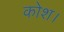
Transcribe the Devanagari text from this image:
कोश।